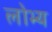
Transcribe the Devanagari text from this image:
लोभ्य